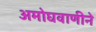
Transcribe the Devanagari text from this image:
अमोघवाणीने